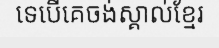
ទេបើគេចង់ស្គាល់ខ្មែរ